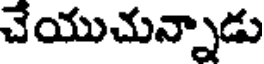
చేయుచున్నాడు